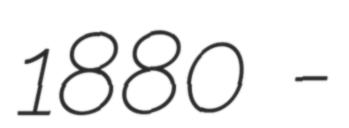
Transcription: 1880 -